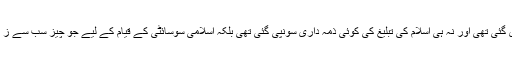
اس عالمگیر پیغام میں نہ ہی کسی کو مسلمان بنانے کی تعلیم دی گئی تھی اور نہ ہی اسلام کی تبلیغ کی کوئی ذمہ داری سونپی گئی تھی بلکہ اسلامی سوسائٹی کے قیام کے لیے جو چیز سب سے ز یادہ کارآمد اور مؤثر ثابت ہو سکتی تھی اس کا پیغام دیا گیا تھا۔